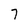
Character: 7